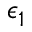
\epsilon _ { 1 }